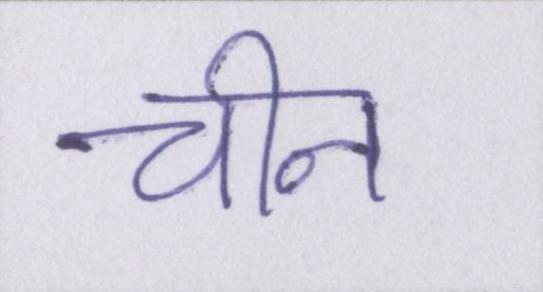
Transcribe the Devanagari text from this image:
चीन